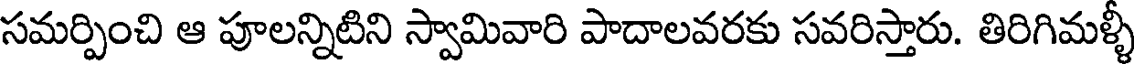
సమర్పించి ఆ పూలన్నిటిని స్వామివారి పాదాలవరకు సవరిస్తారు. తిరిగిమళ్ళీ